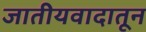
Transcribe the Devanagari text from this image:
जातीयवादातून